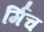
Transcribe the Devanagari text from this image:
र्मिच